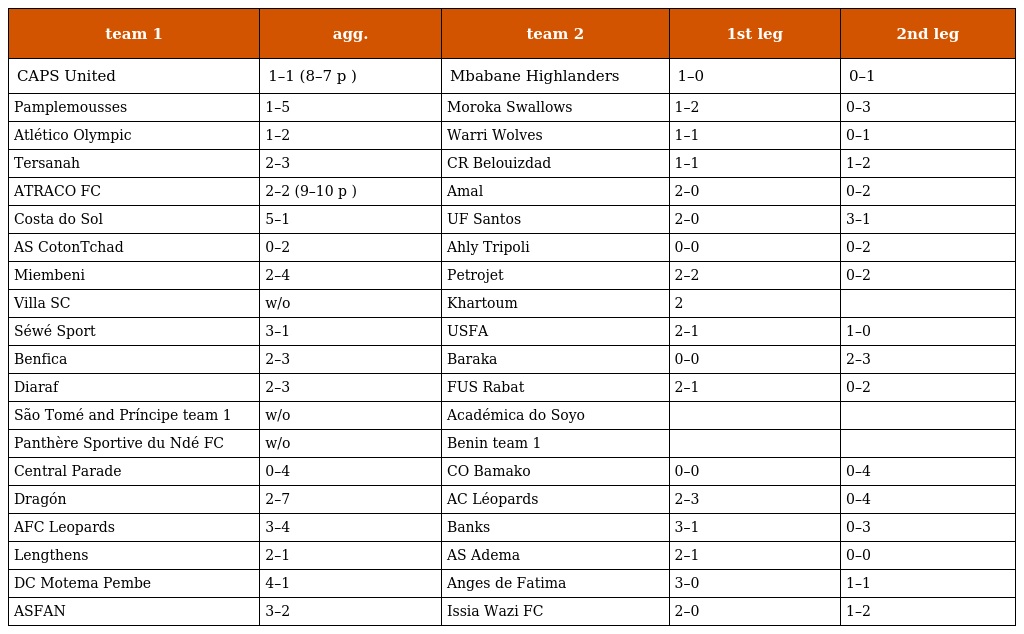
| team 1 | agg. | team 2 | 1st leg | 2nd leg |
 | --- | --- | --- | --- | --- |
 | CAPS United | 1–1 (8–7 p ) | Mbabane Highlanders | 1–0 | 0–1 |
 | Pamplemousses | 1–5 | Moroka Swallows | 1–2 | 0–3 |
 | Atlético Olympic | 1–2 | Warri Wolves | 1–1 | 0–1 |
 | Tersanah | 2–3 | CR Belouizdad | 1–1 | 1–2 |
 | ATRACO FC | 2–2 (9–10 p ) | Amal | 2–0 | 0–2 |
 | Costa do Sol | 5–1 | UF Santos | 2–0 | 3–1 |
 | AS CotonTchad | 0–2 | Ahly Tripoli | 0–0 | 0–2 |
 | Miembeni | 2–4 | Petrojet | 2–2 | 0–2 |
 | Villa SC | w/o | Khartoum | 2 |  |
 | Séwé Sport | 3–1 | USFA | 2–1 | 1–0 |
 | Benfica | 2–3 | Baraka | 0–0 | 2–3 |
 | Diaraf | 2–3 | FUS Rabat | 2–1 | 0–2 |
 | São Tomé and Príncipe team 1 | w/o | Académica do Soyo |  |  |
 | Panthère Sportive du Ndé FC | w/o | Benin team 1 |  |  |
 | Central Parade | 0–4 | CO Bamako | 0–0 | 0–4 |
 | Dragón | 2–7 | AC Léopards | 2–3 | 0–4 |
 | AFC Leopards | 3–4 | Banks | 3–1 | 0–3 |
 | Lengthens | 2–1 | AS Adema | 2–1 | 0–0 |
 | DC Motema Pembe | 4–1 | Anges de Fatima | 3–0 | 1–1 |
 | ASFAN | 3–2 | Issia Wazi FC | 2–0 | 1–2 |